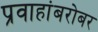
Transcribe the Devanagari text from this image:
प्रवाहांबरोबर